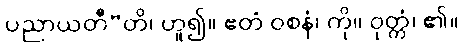
ပညာယတီ”တိ၊ ဟူ၍။ ဧတံ ဝစနံ၊ ကို။ ဝုတ္တံ၊ ၏။